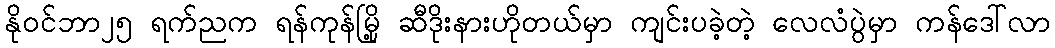
နိုဝင်ဘာ၂၅ ရက်ညက ရန်ကုန်မြို့ ဆီဒိုးနားဟိုတယ်မှာ ကျင်းပခဲ့တဲ့ လေလံပွဲမှာ ကန်ဒေါ်လာ